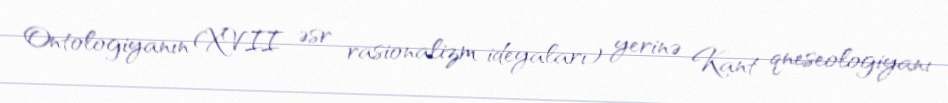
Ontologiyanın (XVII əsr rasionalizm ideyaları) yerinə Kant qneseologiyanı